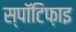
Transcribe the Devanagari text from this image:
स्पॉटिफ़ाइ